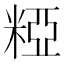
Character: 𥺼